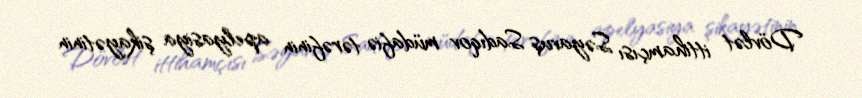
Dövlət ittihamçısı Səyavuş Sadıqov müdafiə tərəfinin apelyasiya şikayətinin